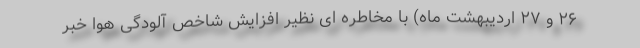
۲۶ و ۲۷ اردیبهشت ماه) با مخاطره ای نظیر افزایش شاخص آلودگی هوا خبر